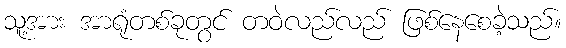
သူ့အား အာရုံတစ်ခုတွင် တဝဲလည်လည် ဖြစ်နေစေခဲ့သည်။